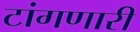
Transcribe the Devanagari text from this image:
टांगणारी